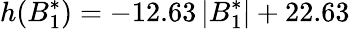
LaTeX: h(B_{1}^{*})=-12.63\, \lvert B_{1}^{*}\rvert+22.63